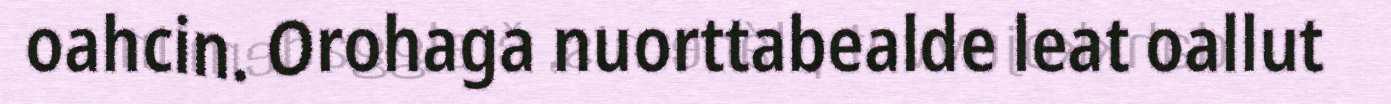
oahcin. Orohaga nuorttabealde leat oallut